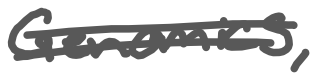
Text: Genomics,
Cross-out: mix
Writing tool: digital_gray